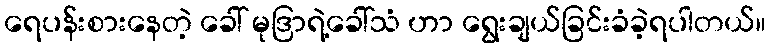
ရေပန်းစားနေတဲ့ ခေါ် မုဒြာရဲ့ခေါ်သံ ဟာ ရွေးချယ်ခြင်းခံခဲ့ရပါတယ်။